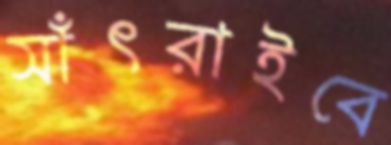
সাঁৎরাইবে